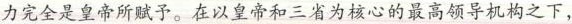
完全是皇帝所赋予。在以皇帝和三省为核心的最高领导机构之下